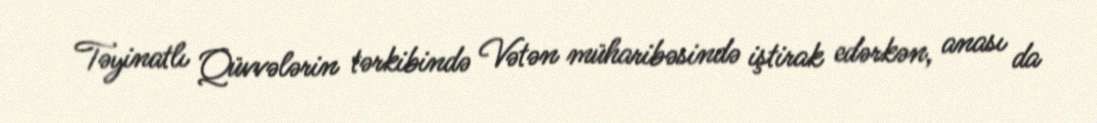
Təyinatlı Qüvvələrin tərkibində Vətən müharibəsində iştirak edərkən, anası da